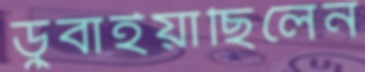
ডুবাইয়াছিলেন